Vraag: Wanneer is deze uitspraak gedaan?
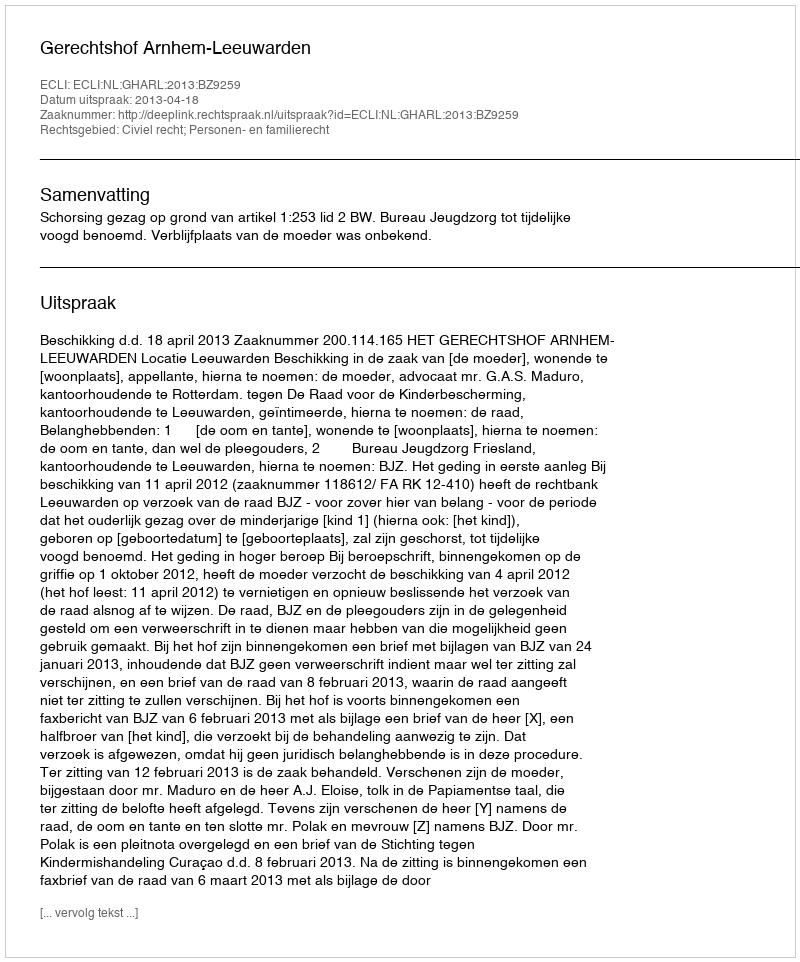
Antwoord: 2013-04-18